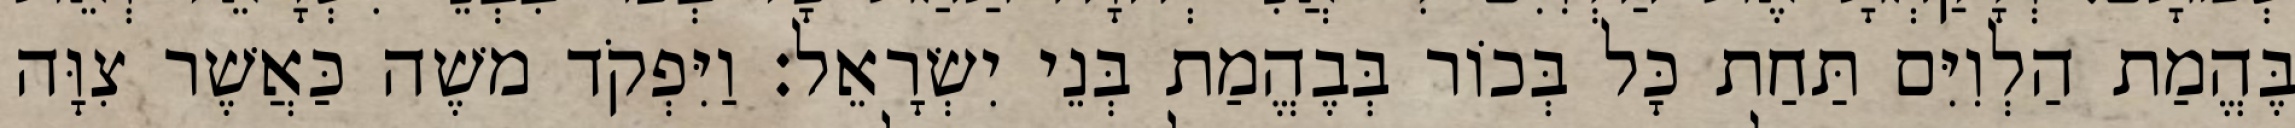
בֶּהֱמַת הַלְוִיִּם תַּחַת כָּל בְּכוֹר בְּבֶהֱמַת בְּנֵי יִשְׂרָאֵל׃ וַיִּפְקֹד משֶׁה כַּאֲשֶׁר צִוָּה